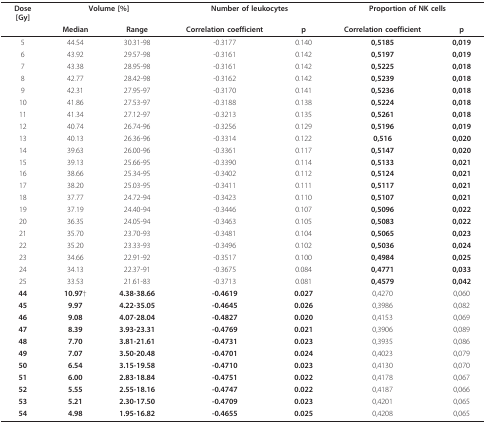
<table><thead><tr><td><b>Dose[Gy]</b></td><td colspan="2"><b>Volume [%]</b></td><td colspan="2"><b>Number of leukocytes</b></td><td colspan="2"><b>Proportion of NK cells</b></td></tr><tr><td></td><td><b>Median</b></td><td><b>Range</b></td><td><b>Correlation coefficient</b></td><td><b>p</b></td><td><b>Correlation coefficient</b></td><td><b>p</b></td></tr></thead><tbody><tr><td>5</td><td>44.54</td><td>30.31-98</td><td>-0.3177</td><td>0.140</td><td><b>0,5185</b></td><td><b>0,019</b></td></tr><tr><td>6</td><td>43.92</td><td>29.57-98</td><td>-0.3161</td><td>0.142</td><td><b>0,5197</b></td><td><b>0,019</b></td></tr><tr><td>7</td><td>43.38</td><td>28.95-98</td><td>-0.3161</td><td>0.142</td><td><b>0,5225</b></td><td><b>0,018</b></td></tr><tr><td>8</td><td>42.77</td><td>28.42-98</td><td>-0.3162</td><td>0.142</td><td><b>0,5239</b></td><td><b>0,018</b></td></tr><tr><td>9</td><td>42.31</td><td>27.95-97</td><td>-0.3170</td><td>0.141</td><td><b>0,5236</b></td><td><b>0,018</b></td></tr><tr><td>10</td><td>41.86</td><td>27.53-97</td><td>-0.3188</td><td>0.138</td><td><b>0,5224</b></td><td><b>0,018</b></td></tr><tr><td>11</td><td>41.34</td><td>27.12-97</td><td>-0.3213</td><td>0.135</td><td><b>0,5261</b></td><td><b>0,018</b></td></tr><tr><td>12</td><td>40.74</td><td>26.74-96</td><td>-0.3256</td><td>0.129</td><td><b>0,5196</b></td><td><b>0,019</b></td></tr><tr><td>13</td><td>40.13</td><td>26.36-96</td><td>-0.3314</td><td>0.122</td><td><b>0,516</b></td><td><b>0,020</b></td></tr><tr><td>14</td><td>39.63</td><td>26.00-96</td><td>-0.3361</td><td>0.117</td><td><b>0,5147</b></td><td><b>0,020</b></td></tr><tr><td>15</td><td>39.13</td><td>25.66-95</td><td>-0.3390</td><td>0.114</td><td><b>0,5133</b></td><td><b>0,021</b></td></tr><tr><td>16</td><td>38.66</td><td>25.34-95</td><td>-0.3402</td><td>0.112</td><td><b>0,5124</b></td><td><b>0,021</b></td></tr><tr><td>17</td><td>38.20</td><td>25.03-95</td><td>-0.3411</td><td>0.111</td><td><b>0,5117</b></td><td><b>0,021</b></td></tr><tr><td>18</td><td>37.77</td><td>24.72-94</td><td>-0.3423</td><td>0.110</td><td><b>0,5107</b></td><td><b>0,021</b></td></tr><tr><td>19</td><td>37.19</td><td>24.40-94</td><td>-0.3446</td><td>0.107</td><td><b>0,5096</b></td><td><b>0,022</b></td></tr><tr><td>20</td><td>36.35</td><td>24.05-94</td><td>-0.3463</td><td>0.105</td><td><b>0,5083</b></td><td><b>0,022</b></td></tr><tr><td>21</td><td>35.70</td><td>23.70-93</td><td>-0.3481</td><td>0.104</td><td><b>0,5065</b></td><td><b>0,023</b></td></tr><tr><td>22</td><td>35.20</td><td>23.33-93</td><td>-0.3496</td><td>0.102</td><td><b>0,5036</b></td><td><b>0,024</b></td></tr><tr><td>23</td><td>34.66</td><td>22.91-92</td><td>-0.3517</td><td>0.100</td><td><b>0,4984</b></td><td><b>0,025</b></td></tr><tr><td>24</td><td>34.13</td><td>22.37-91</td><td>-0.3675</td><td>0.084</td><td><b>0,4771</b></td><td><b>0,033</b></td></tr><tr><td>25</td><td>33.53</td><td>21.61-83</td><td>-0.3713</td><td>0.081</td><td><b>0,4579</b></td><td><b>0,042</b></td></tr><tr><td><b>44</b></td><td><b>10.97</b>†</td><td><b>4.38-38.66</b></td><td><b>-0.4619</b></td><td><b>0.027</b></td><td>0,4270</td><td>0,060</td></tr><tr><td><b>45</b></td><td><b>9.97</b></td><td><b>4.22-35.05</b></td><td><b>-0.4645</b></td><td><b>0.026</b></td><td>0,3986</td><td>0,082</td></tr><tr><td><b>46</b></td><td><b>9.08</b></td><td><b>4.07-28.04</b></td><td><b>-0.4827</b></td><td><b>0.020</b></td><td>0,4153</td><td>0,069</td></tr><tr><td><b>47</b></td><td><b>8.39</b></td><td><b>3.93-23.31</b></td><td><b>-0.4769</b></td><td><b>0.021</b></td><td>0,3906</td><td>0,089</td></tr><tr><td><b>48</b></td><td><b>7.70</b></td><td><b>3.81-21.61</b></td><td><b>-0.4731</b></td><td><b>0.023</b></td><td>0,3935</td><td>0,086</td></tr><tr><td><b>49</b></td><td><b>7.07</b></td><td><b>3.50-20.48</b></td><td><b>-0.4701</b></td><td><b>0.024</b></td><td>0,4023</td><td>0,079</td></tr><tr><td><b>50</b></td><td><b>6.54</b></td><td><b>3.15-19.58</b></td><td><b>-0.4710</b></td><td><b>0.023</b></td><td>0,4130</td><td>0,070</td></tr><tr><td><b>51</b></td><td><b>6.00</b></td><td><b>2.83-18.84</b></td><td><b>-0.4751</b></td><td><b>0.022</b></td><td>0,4178</td><td>0,067</td></tr><tr><td><b>52</b></td><td><b>5.55</b></td><td><b>2.55-18.16</b></td><td><b>-0.4747</b></td><td><b>0.022</b></td><td>0,4187</td><td>0,066</td></tr><tr><td><b>53</b></td><td><b>5.21</b></td><td><b>2.30-17.50</b></td><td><b>-0.4709</b></td><td><b>0.023</b></td><td>0,4201</td><td>0,065</td></tr><tr><td><b>54</b></td><td><b>4.98</b></td><td><b>1.95-16.82</b></td><td><b>-0.4655</b></td><td><b>0.025</b></td><td>0,4208</td><td>0,065</td></tr></tbody></table>